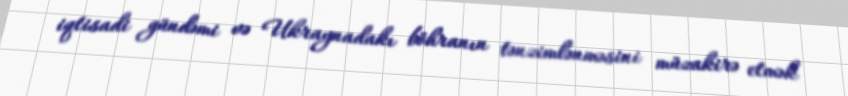
iqtisadi gündəmi və Ukraynadakı böhranın tənzimlənməsini müzakirə etmək